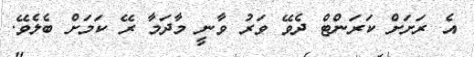
އެ ރަށަށް ކަރަންޓް ދެވޭ ވަރު ވާނީ މާދަމާ ރޭ ކަމަށް ބެލެވޭ.